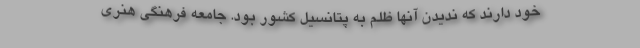
خود دارند که ندیدن آنها ظلم به پتانسیل کشور بود. جامعه فرهنگی هنری